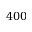
4 0 0